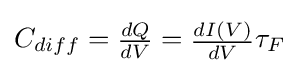
C_{diff}={\begin{matrix}{\frac {dQ}{dV}}\end{matrix}}={\begin{matrix}{\frac {dI(V)}{dV}}\end{matrix}}{\tau }_{F}